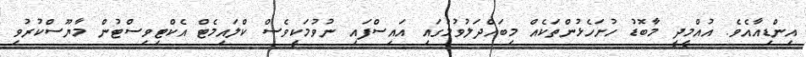
އިންޑިއާއެވެ. އުއްމީދީ މާބޮޑު ހުށަހެޅުންތަކެއް މިބައްދަލުވުމުގައި އައިސްފައި ނުވުމަކީވެސް ކްލައިމެޓް އެކްޓިވިސްޓުން މާޔޫސްކުރުވި